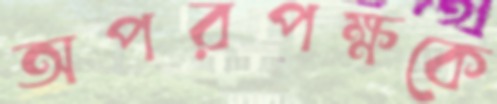
অপরপক্ষকে